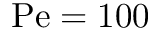
\mathrm { P e } = 1 0 0